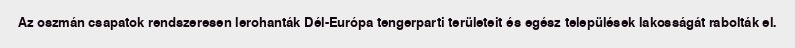
Az oszmán csapatok rendszeresen lerohanták Dél-Európa tengerparti területeit és egész települések lakosságát rabolták el.